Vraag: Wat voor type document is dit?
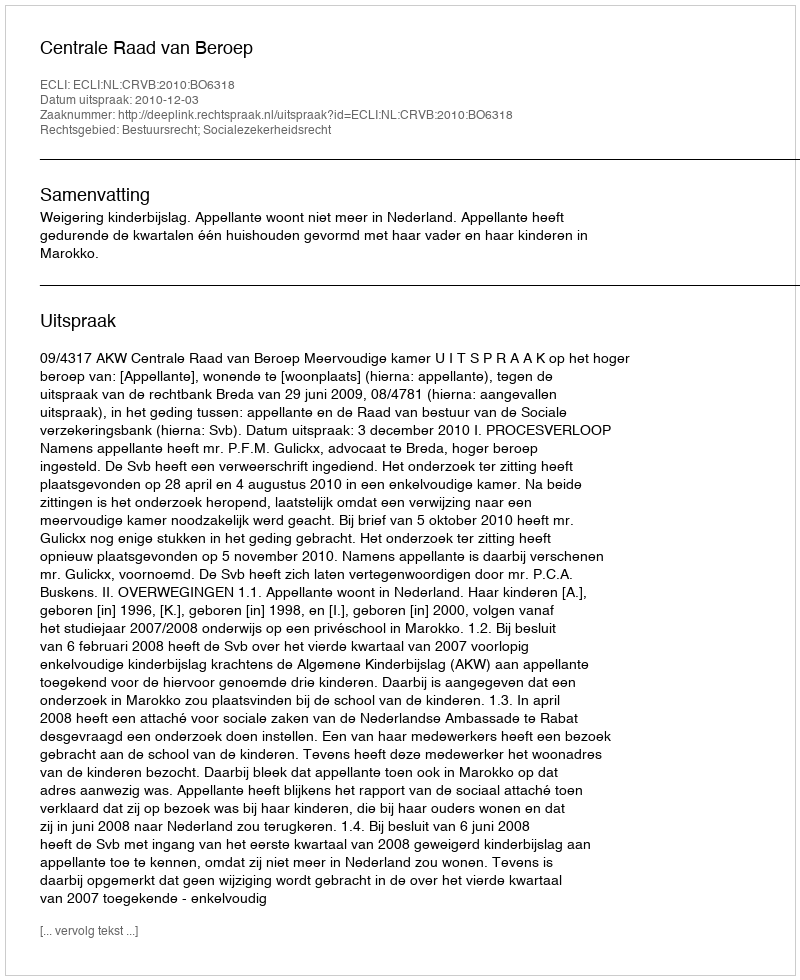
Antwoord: Uitspraak